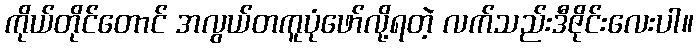
ကိုယ်တိုင်တောင် အလွယ်တကူပုံဖော်လို့ရတဲ့ လက်သည်းဒီဇိုင်းလေးပါ။